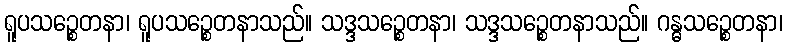
ရူပသဉ္စေတနာ၊ ရူပသဉ္စေတနာသည်။ သဒ္ဒသဉ္စေတနာ၊ သဒ္ဒသဉ္စေတနာသည်။ ဂန္ဓသဉ္စေတနာ၊